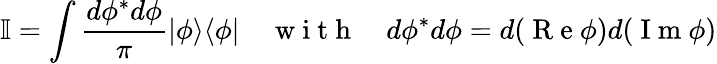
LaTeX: \mathbb{I}=\int\frac{d\phi^{*}d\phi}{\pi}|\phi\rangle\langle\phi|\quad\mathrm{~w~i~t~h~}\quad d\phi^{*}d\phi=d(\mathrm{~R~e~}\phi)d(\mathrm{~I~m~}\phi)